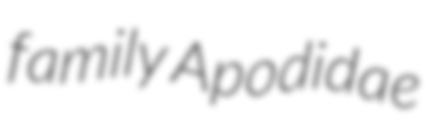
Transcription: family Apodidae